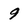
Character: 9